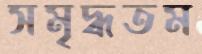
সমৃদ্ধতম